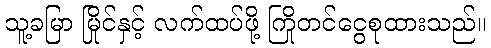
သူ့ခမြာ မြိုင်နှင့် လက်ထပ်ဖို့ ကြိုတင်ငွေစုထားသည်။